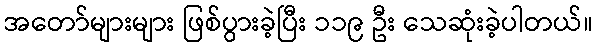
အတော်များများ ဖြစ်ပွားခဲ့ပြီး ၁၁၉ ဦး သေဆုံးခဲ့ပါတယ်။